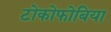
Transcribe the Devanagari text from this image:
टोकोफोबिया